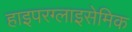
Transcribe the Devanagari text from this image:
हाइपरग्लाइसेमिक